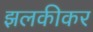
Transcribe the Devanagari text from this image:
झलकीकर